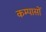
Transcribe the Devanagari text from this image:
कम्पासों